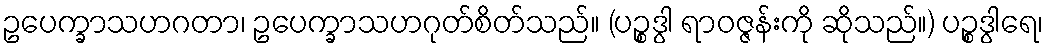
ဥပေက္ခာသဟဂတာ၊ ဥပေက္ခာသဟဂုတ်စိတ်သည်။ (ပဉ္စဒွါ ရာဝဇ္ဇန်းကို ဆိုသည်။) ပဉ္စဒွါရေ၊